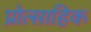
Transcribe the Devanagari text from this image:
प्रोत्साहिक